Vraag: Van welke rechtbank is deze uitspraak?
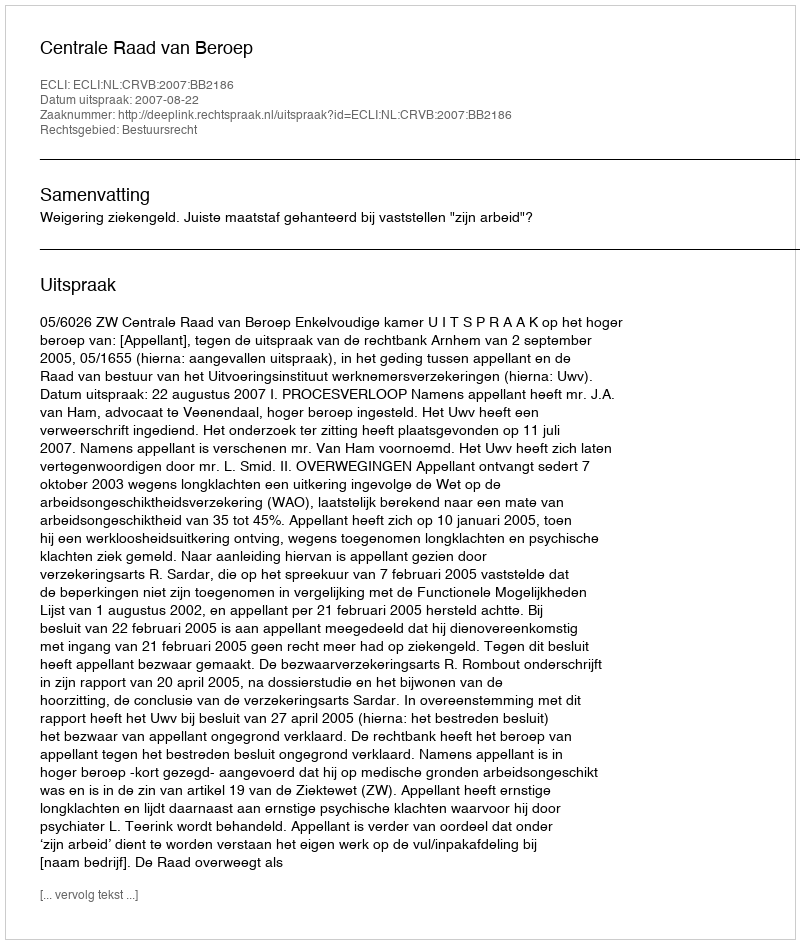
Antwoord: Centrale Raad van Beroep